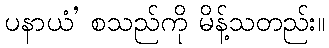
ပနာယံ’ စသည်ကို မိန့်သတည်း။